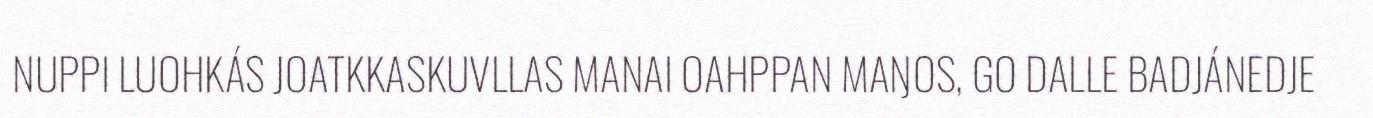
NUPPI LUOHKÁS JOATKKASKUVLLAS MANAI OAHPPAN MAŊOS, GO DALLE BADJÁNEDJE